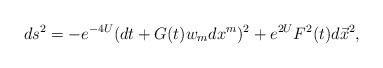
LaTeX: \begin{align*}ds^2 = -e^{-4U}(dt+G(t)w_m dx^m)^2+e^{2U}F^2(t)d\vec{x}^2, \end{align*}